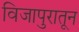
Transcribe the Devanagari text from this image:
विजापुरातून